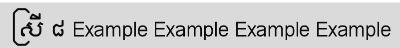
ស្រី ៨ Example Example Example Example